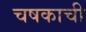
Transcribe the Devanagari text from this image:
चषकाची